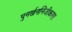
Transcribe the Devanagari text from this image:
पुनर्खननिजीकरण